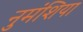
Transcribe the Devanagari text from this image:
नुमंशिया